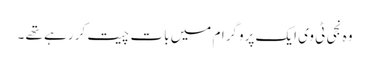
وہ نجی ٹی وی ایک پروگرام میں بات چیت کر رہے تھے ۔